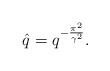
\begin{align*}{\hat{q}} = q^{ - \frac{{\pi}^2}{{\gamma}^2} } .\end{align*}